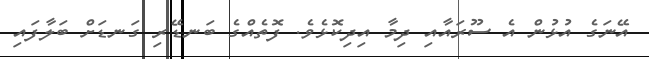
އޭނަގެ އުޅުން އެ ސޫރައާއި ދިމާ އިދިކޮޅެވެ. ފޮތެއްގެ ބަނޑޭރި ގަނޑަށް ބަލާފައި